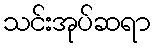
သင်းအုပ်ဆရာ